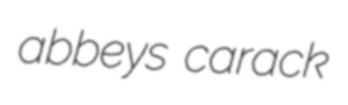
abbeys carack